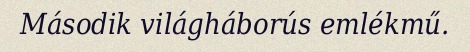
Második világháborús emlékmű.